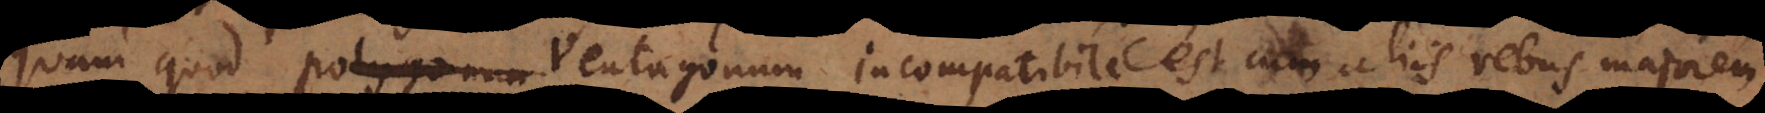
quam quod polygonum pentagonum incompatibile est cum aliis rebus majorem